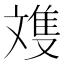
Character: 𪯩